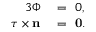
\begin{array} { r l } { { 3 } \Phi } & { { } = ~ { 0 } , } \\ { \boldsymbol { \tau } \times \mathbf { n } } & { { } = ~ \mathbf { 0 } . } \end{array}